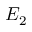
E _ { 2 }